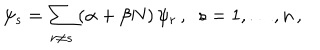
\psi _ { s } = \sum _ { r \ne s } \left( \alpha + \beta N \right) \psi _ { r } \, , \ \ s = 1 , \ldots , n \, ,